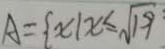
A = \{ x \vert x \leq \sqrt { 1 9 }